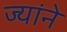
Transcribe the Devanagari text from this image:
ज्यांने